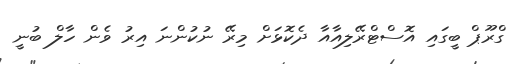
ގްރޫޕް ބީގައި އޮސްޓްރޭލިއާއާ ދެކޮޅަށް މިރޭ ނުކުންނަ އިރު ވެން ހާލް ބުނީ